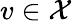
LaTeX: v\in\mathcal X